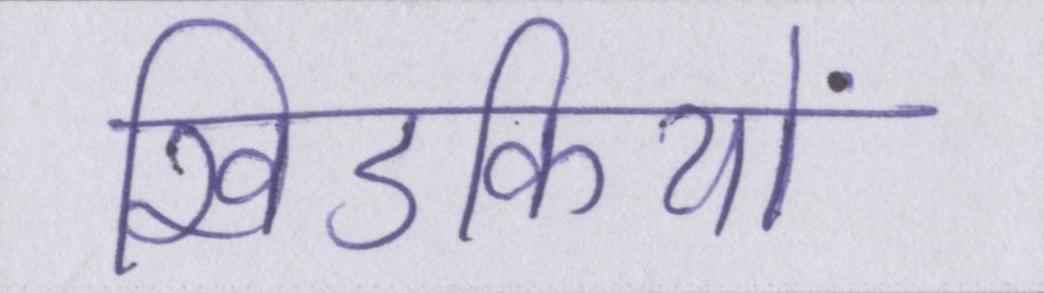
खिडकियों